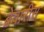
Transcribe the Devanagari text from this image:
ब्रेवारीस